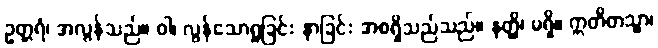
ဥတ္တရံ၊ အလွန်သည်။ ဝါ၊ လွန်သောရှုခြင်း နာခြင်း အစရှိသည်သည်။ နတ္ထိ၊ မရှိ။ ဣတိတသ္မာ၊